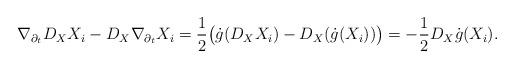
LaTeX: \begin{align*}\nabla_{\partial_t}D_XX_i-D_X\nabla_{\partial_t}X_i=\frac{1}{2}\big(\dot{g}(D_XX_i)-D_X(\dot{g}(X_i))\big)=-\frac{1}{2}D_X\dot{g}(X_i).\end{align*}